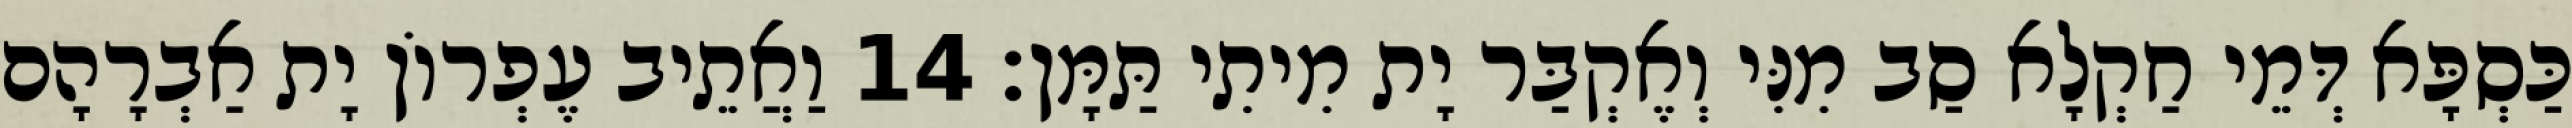
כַּסְפָּא דְּמֵי חַקְלָא סַב מִנִּי וְאֶקְבַּר יָת מִיתִי תַּמָּן׃ 14 וַאֲתֵיב עֶפְרוֹן יָת אַבְרָהָם